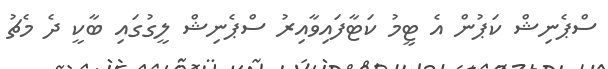
ސްޕެނިޝް ކަޕުން އެ ޓީމު ކަޓާފައިވާއިރު ސްޕެނިޝް ލީގުގައި ބާކީ ދެ މެޗު